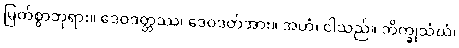
မြတ်စွာဘုရား။ ဒေဝဒတ္တဿ၊ ဒေဝဒတ်အား။ အဟံ၊ ငါသည်။ ဘိက္ခုသံဃံ၊